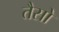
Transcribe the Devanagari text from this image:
तैसो